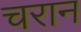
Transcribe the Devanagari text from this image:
चरान